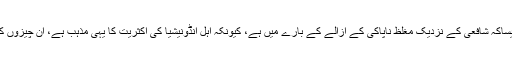
اور اپنے برتن سات مرتبہ دھوئیں ایک مرتبہ پاک مٹی سے، جیساکہ شافعی کے نزدیک مغلظ ناپاکی کے ازالے کے بارے میں ہے، کیونکہ اہل انڈونیشیا کی اکثریت کا یہی مذہب ہے، ان چیزوں کو استعمال كرنے کے بعد کی تمام نمازوں کو دوباره لوٹانا ہے؟